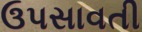
ઉપસાવતી